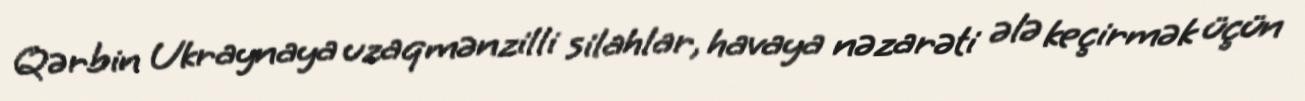
Qərbin Ukraynaya uzaqmənzilli silahlar, havaya nəzarəti ələ keçirmək üçün